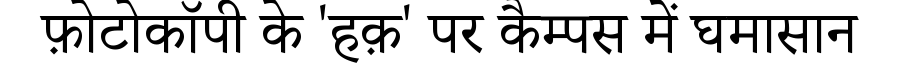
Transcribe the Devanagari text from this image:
फ़ोटोकॉपी के 'हक़' पर कैम्पस में घमासान